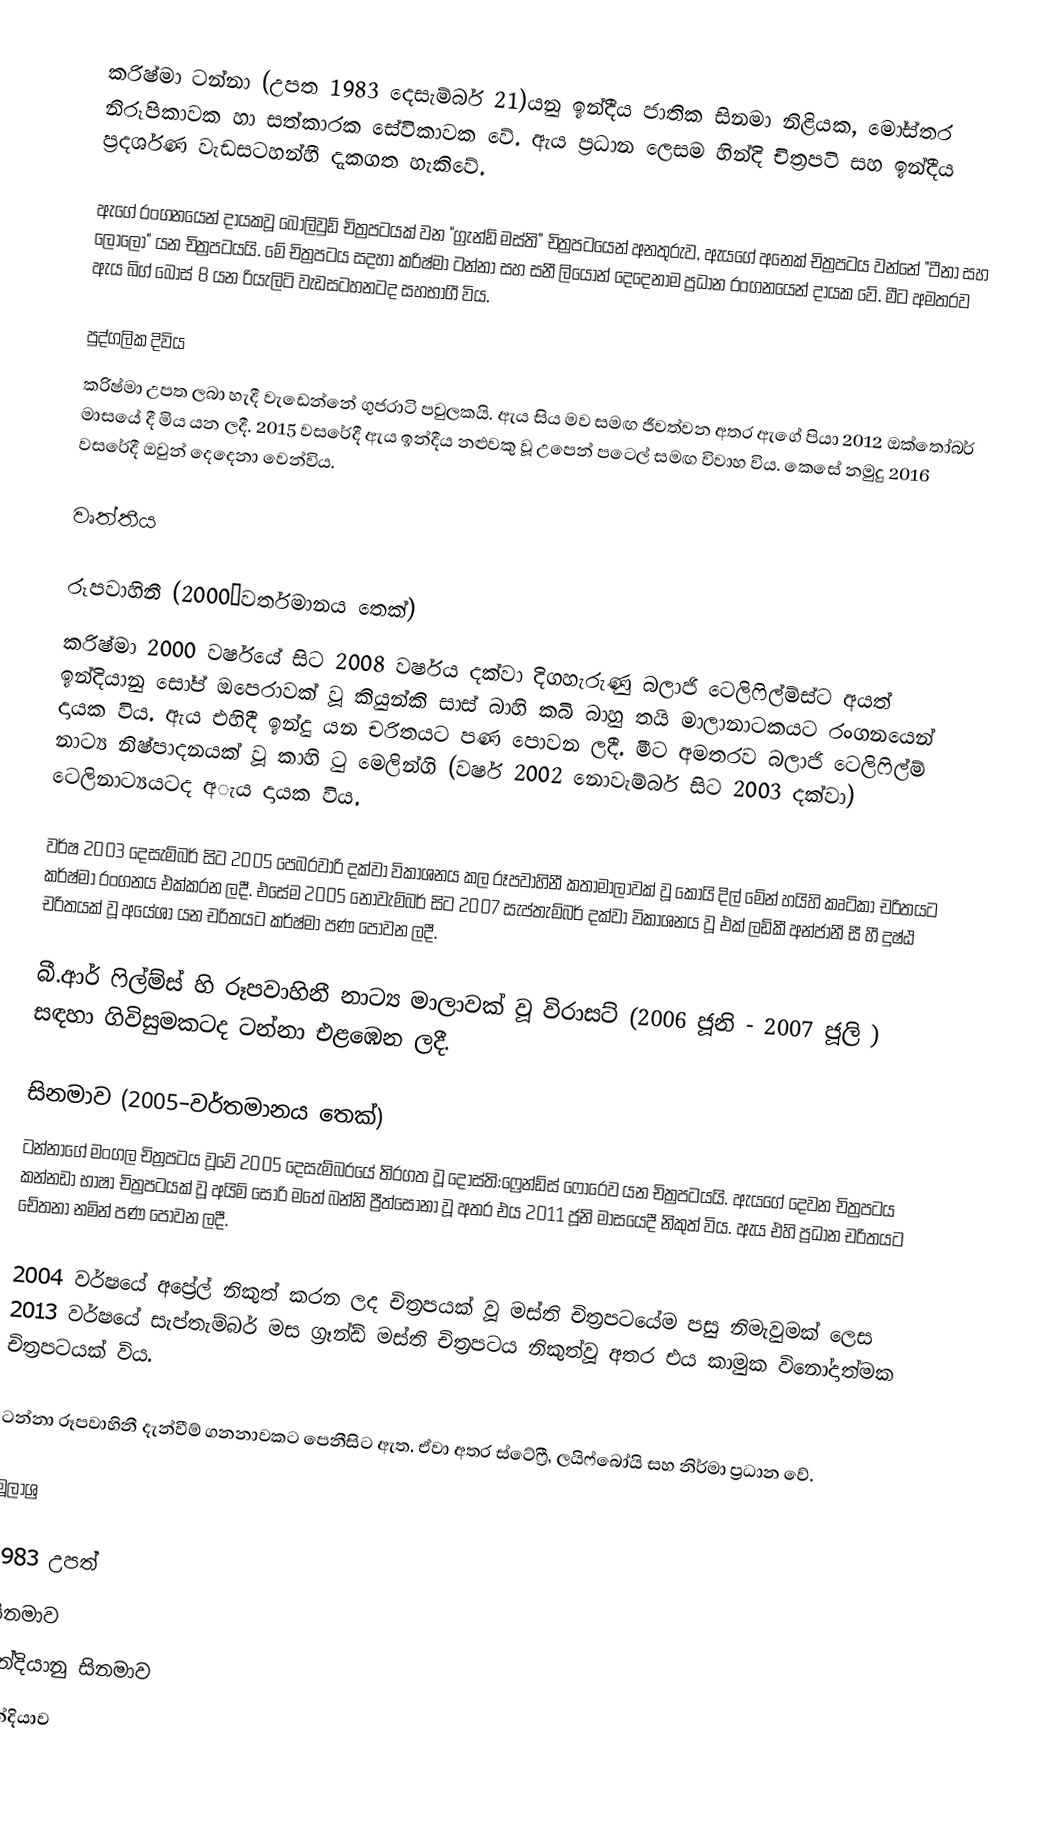
කරිෂ්මා ටන්නා (උපත 1983 දෙසැම්බර් 21)යනු ඉන්දීය ජාතික සිනමා නිළියක, මෝස්තර නිරූපිකාවක හා සත්කාරක සේවිකාවක වේ. ඇය ප්‍රධාන ලෙසම හින්දි චිත්‍රපටි සහ ඉන්දීය ප්‍රදර්ශණ වැඩසටහන්හී දැකගත හැකිවේ.

ඇගේ රංගනයෙන් දායකවූ බොලිවුඩ් චිත්‍රපටයක් වන "ග්‍රැන්ඩ් මස්ති" චිත්‍රපටයෙන් අනතුරුව, ඇයගේ අනෙක් චිත්‍රපටය වන්නේ "ටීනා සහ ලොලො" යන චිත්‍රපටයයි. මේ චිත්‍රපටය සදහා කරිෂ්මා ටන්නා සහ සනී ලියොන් දෙදෙනාම ප්‍රධාන රංගනයෙන් දායක වේ. මීට අමතරව ඇය බිග් බොස් 8 යන රියැලිටි වැඩසටහනටද සහභාගී විය.

පුද්ගලික දිවිය
කරිෂ්මා උපත ලබා හැදී වැඩෙන්නේ ගුජරාටි පවුලකයි. ඇය සිය මව සමඟ ජීවත්වන අතර ඇගේ පියා 2012 ඔක්තෝබර් මාසයේ දී මිය යන ලදී. 2015 වසරේදී ඇය ඉන්දීය නළුවකු වූ උපෙන් පටෙල් සමඟ විවාහ විය. කෙසේ නමුදු 2016 වසරේදී ඔවුන් දෙදෙනා වෙන්විය.

වෘත්තීය

රූපවාහිනී (2000–වර්තමානය තෙක්)
කරිෂ්මා 2000 වර්ෂයේ සිට 2008 වර්ෂය දක්වා දිගහැරුණු බලාජි ටෙලිෆිල්ම්ස්ට අයත් ඉන්දියානු සෝප් ඔපෙරාවක් වූ කියුන්කි සාස් බාහි කබි බාහු තයි මාලානාටකයට රංගනයෙන් දායක විය. ඇය එහිදී ඉන්දු යන චරිතයට පණ පොවන ලදී. මීට අමතරව බලාජි ටෙලිෆිල්ම් නාට්‍ය නිෂ්පාදනයක් වූ කාහි ටු මෙලින්ගි (වර්ෂ 2002 නොවැම්බර් සිට 2003 දක්වා) ටෙලිනාට්‍යයටද අැය දායක විය.

වර්ෂ 2003 දෙසැම්බර් සිට 2005 පෙබරවාරි දක්වා විකාශනය කල රූපවාහිනී කතාමාලාවක් වූ කොයි දිල් මේන් හයිහි කෘටිකා චරිතයට කර්ෂ්මා රංගනය එක්කරන ලදී. එසේම 2005 නොවැම්බර් සිට 2007 සැප්තැම්බර් දක්වා විකාශනය වූ එක් ලඩ්කී අන්ජානී සී හී දුෂ්ඨ චරිතයක් වූ අයේශා යන චරිතයට කර්ෂ්මා පණ පොවන ලදී.

බී.ආර් ෆිල්ම්ස් හි රූපවාහිනී නාට්‍ය මාලාවක් වූ විරාසට් (2006 ජූනි - 2007 ජූලි ) සඳහා ගිවිසුමකටද ටන්නා එළඹෙන ලදී.

සිනමාව (2005–වර්තමානය තෙක්)
ටන්නාගේ මංගල චිත්‍රපටය වූවේ 2005 දෙසැම්බරයේ තිරගත වූ දොස්ති:ෆ්‍රෙන්ඩ්ස් ෆොරෙව යන චිත්‍රපටයයි. ඇයගේ දෙවන චිත්‍රපටය කන්නඩා භාෂා චිත්‍රපටයක් වූ අයිම් සොරි මතේ බන්නි ප්‍රීත්සෝනා වූ අතර එය 2011 ජූනි මාසයෙදී නිකුත් විය. ඇය එහි ප්‍රධාන චරිතයට චේතනා නමින් පණ පොවන ලදී.

2004 වර්ෂයේ අප්‍රේල් නිකුත් කරන ලද චිත්‍රපයක් වූ මස්ති චිත්‍රපටයේම පසු නිමැවුමක් ලෙස 2013 වර්ෂයේ සැප්තැම්බර් මස ග්‍රෑන්ඩ් මස්ති චිත්‍රපටය නිකුත්වූ අතර එය කාමුක විනෝදාත්මක චිත්‍රපටයක් විය.

ටන්නා රූපවාහිනී දැන්වීම් ගනනාවකට පෙනීසිට ඇත. ඒවා අතර ස්ටේෆ්‍රී, ලයිෆ්බෝයි සහ නිර්මා ප්‍රධාන වේ.

මූලාශ්‍ර

1983 උපත්
සිනමාව
ඉන්දියානු සිනමාව
ඉන්දියාව